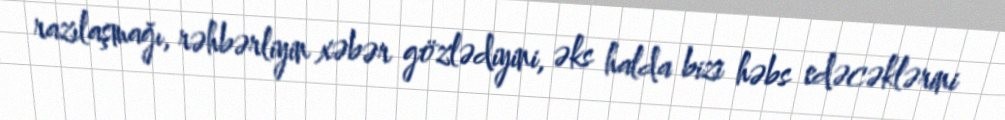
razılaşmağı, rəhbərliyin xəbər gözlədiyini, əks halda bizi həbs edəcəklərini